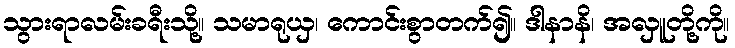
သွားရာလမ်းခရီးသို့။ သမာရုယှ၊ ကောင်းစွာတက်၍။ ဒါနာနိ၊ အလှူတို့ကို။